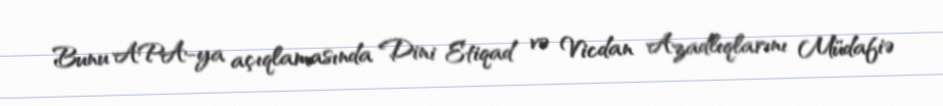
Bunu APA-ya açıqlamasında Dini Etiqad və Vicdan Azadlıqlarını Müdafiə